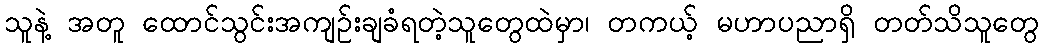
သူနဲ့ အတူ ထောင်သွင်းအကျဉ်းချခံရတဲ့သူတွေထဲမှာ၊ တကယ့် မဟာပညာရှိ တတ်သိသူတွေ